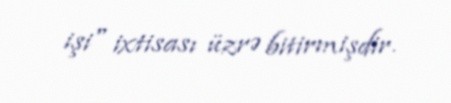
işi" ixtisası üzrə bitirmişdir.